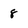
Character: 8